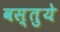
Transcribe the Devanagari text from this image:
वस्तुये